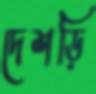
দেশড়ি